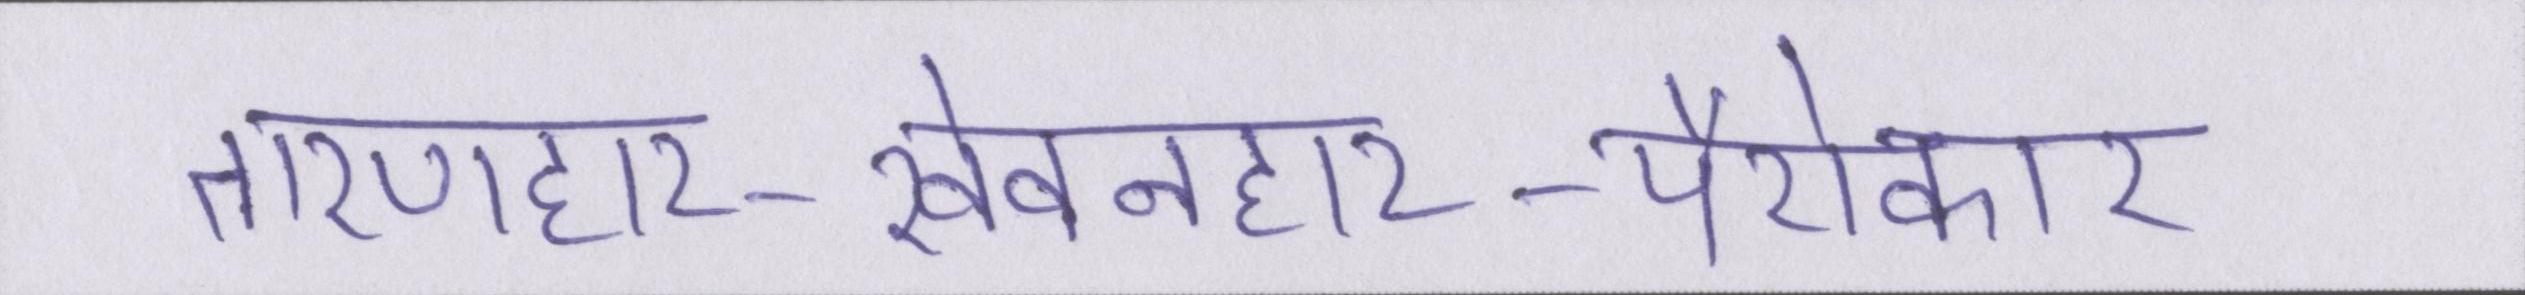
तारणहार-खेवनहार-पैरोकार